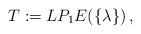
LaTeX: \begin{align*} T:=LP_1E(\{\lambda\})\,,\end{align*}